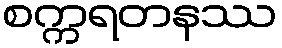
စက္ကရတနဿ